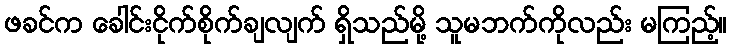
ဖခင်က ခေါင်းငိုက်စိုက်ချလျက် ရှိသည်မို့ သူမဘက်ကိုလည်း မကြည့်။